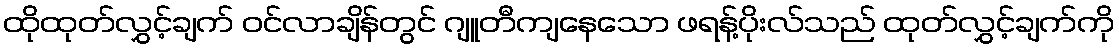
ထိုထုတ်လွှင့်ချက် ဝင်လာချိန်တွင် ဂျူတီကျနေသော ဖရန့်ပိုးလ်သည် ထုတ်လွှင့်ချက်ကို